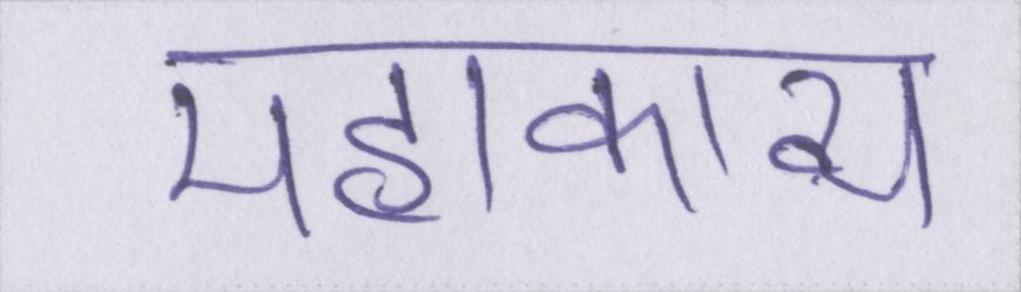
महाकाव्य